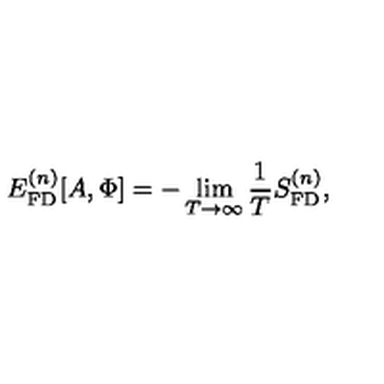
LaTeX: E _ { \mathrm { F D } } ^ { ( n ) } [ A , \Phi ] = - \lim _ { T \rightarrow \infty } \frac { 1 } { T } S _ { \mathrm { F D } } ^ { ( n ) } ,